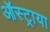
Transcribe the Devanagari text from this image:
ऑस्ट्राया